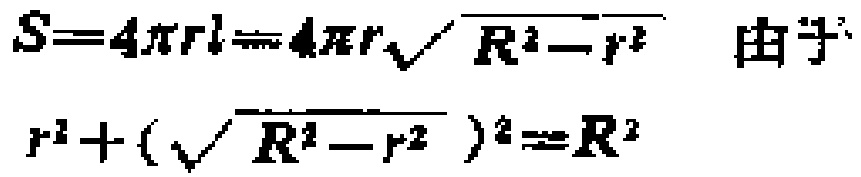
\[
S = 4\pi rl = 4\pi r\sqrt{R^{2}-r^{2}}\quad 由于 \\
r^{2}+(\sqrt{R^{2}-r^{2}})^{2}=R^{2}
\]